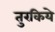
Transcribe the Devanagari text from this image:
तुरकिये